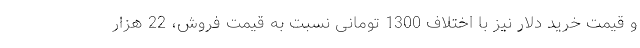
و قیمت خرید دلار نیز با اختلاف 1300 تومانی نسبت به قیمت فروش، 22 هزار